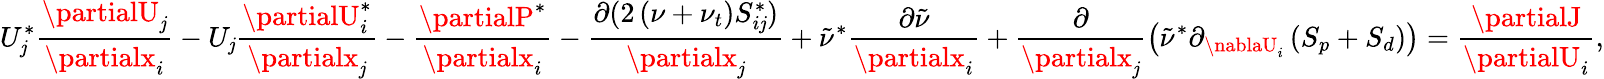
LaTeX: U_{\mathit{j}}^{*}\frac{{\partialU_{\mathit{j}}}}{{\partialx_{i}}}-U_{\mathit{j}}\frac{{\partialU_{i}^{*}}}{{\partialx_{\mathit{j}}}}-\frac{{\partialP^{*}}}{{\partialx_{i}}}-\frac{{\partial(2\left(\nu+\nu_{t}\right)S_{i\mathit{j}}^{*})}}{{\partialx_{\mathit{j}}}}+\tilde{{\nu}}^{*}\frac{{\partial\tilde{{\nu}}}}{{\partialx_{i}}}+\frac{{\partial}}{{\partialx_{\mathit{j}}}}\left(\tilde{{\nu}}^{*}\partial_{\nablaU_{i}}\left(S_{p}+S_{d}\right)\right)=\frac{{\partialJ}}{{\partialU_{i}}},